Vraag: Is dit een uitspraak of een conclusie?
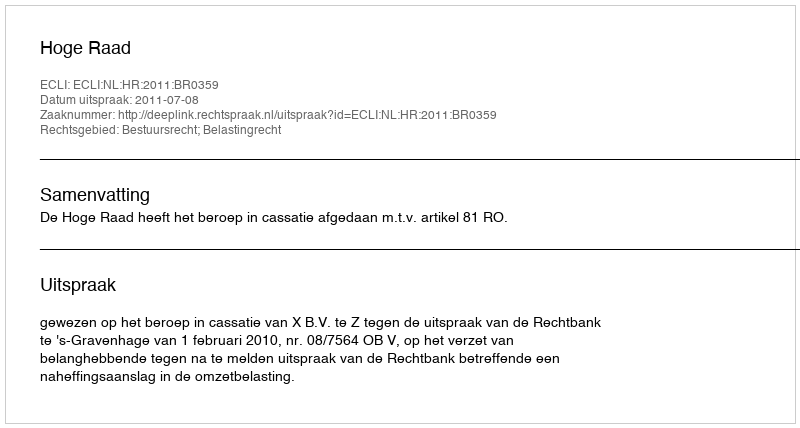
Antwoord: Uitspraak